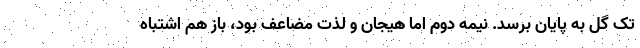
تک گل به پایان برسد. نیمه دوم اما هیجان و لذت مضاعف بود، باز هم اشتباه